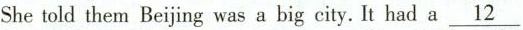
Shetold them Beijing was a big city. It had a\underline{12}